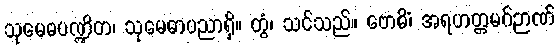
သုမေဓပဏ္ဍိတ၊ သုမေဓာပညာရှိ။ တွံ၊ သင်သည်။ ဗောဓိံ၊ အရဟတ္တမဂ်ဉာဏ်